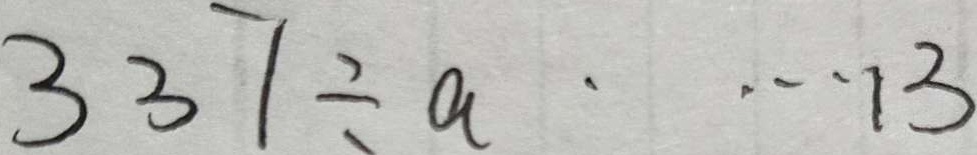
3 3 7 \div a \cdots 1 3